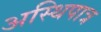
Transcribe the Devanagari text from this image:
अस्थिपात्र